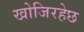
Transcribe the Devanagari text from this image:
खोजिरहेछ